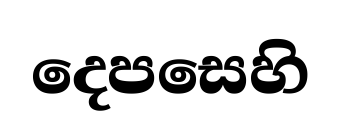
දෙපසෙහි